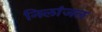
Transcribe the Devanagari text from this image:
निलांजल